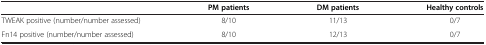
|  | PM patients | DM patients | Healthy controls |
 | --- | --- | --- | --- |
 | TWEAK positive (number/number assessed) | 8/10 | 11/13 | 0/7 |
 | Fn14 positive (number/number assessed) | 8/10 | 12/13 | 0/7 |